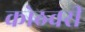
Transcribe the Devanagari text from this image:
कोठवरी